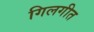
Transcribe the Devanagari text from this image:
गिलगीत